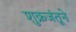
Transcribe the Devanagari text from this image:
शुक्रजंतूने